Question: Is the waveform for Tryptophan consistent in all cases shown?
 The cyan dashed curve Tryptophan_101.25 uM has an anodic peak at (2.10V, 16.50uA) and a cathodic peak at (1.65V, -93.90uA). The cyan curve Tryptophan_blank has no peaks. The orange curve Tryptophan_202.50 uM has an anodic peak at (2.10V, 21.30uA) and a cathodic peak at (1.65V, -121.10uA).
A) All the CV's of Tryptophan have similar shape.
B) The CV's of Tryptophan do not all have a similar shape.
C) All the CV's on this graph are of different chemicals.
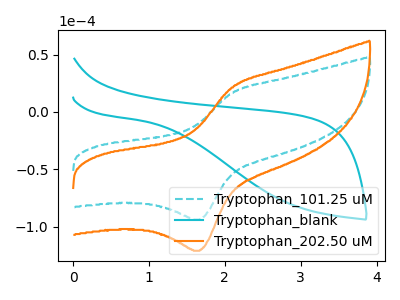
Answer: <think>"Tryptophan_101.25 uM" and "Tryptophan_blank" have a different number of peaks. All the peaks in "Tryptophan_101.25 uM" have a peak in "Tryptophan_202.50 uM" at the same potential. Every peak in "Tryptophan_101.25 uM" is lower than every peak in "Tryptophan_202.50 uM". "Tryptophan_blank" and "Tryptophan_202.50 uM" have a different number of peaks.
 </think>
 <answer>A) All the CV's of "Tryptophan" have similar shape.</answer>
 <eval>A</eval>